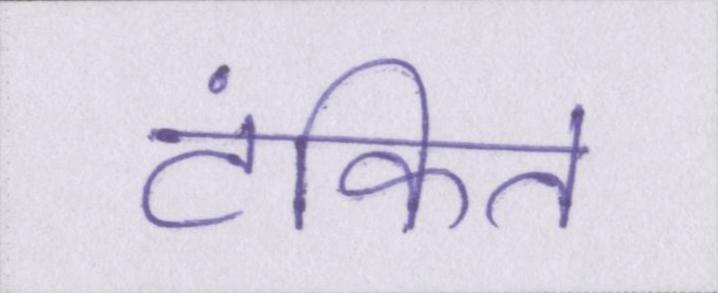
टंकित